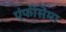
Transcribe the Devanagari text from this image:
एंफीसेमा